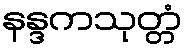
နန္ဒကသုတ္တံ